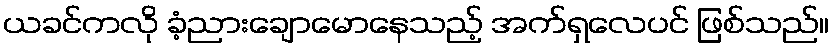
ယခင်ကလို ခံ့ညားချောမောနေသည့် အက်ရှလေပင် ဖြစ်သည်။